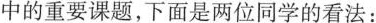
中的重要课题，下面是两位同学的看法：